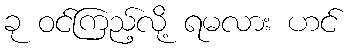
ခု ဝင်ကြည့်လို့ ရမလား ဟင်